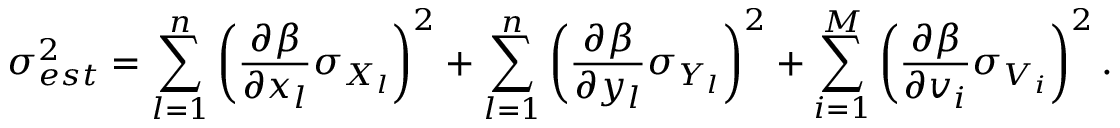
\sigma _ { e s t } ^ { 2 } = \sum _ { l = 1 } ^ { n } \left( \frac { \partial \beta } { \partial x _ { l } } \sigma _ { X _ { l } } \right) ^ { 2 } + \sum _ { l = 1 } ^ { n } \left( \frac { \partial \beta } { \partial y _ { l } } \sigma _ { Y _ { l } } \right) ^ { 2 } + \sum _ { i = 1 } ^ { M } \left( \frac { \partial \beta } { \partial v _ { i } } \sigma _ { V _ { i } } \right) ^ { 2 } .